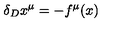
\delta _ { D } x ^ { \mu } = - f ^ { \mu } ( x )